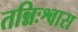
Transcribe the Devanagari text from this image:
तन्निःश्वास